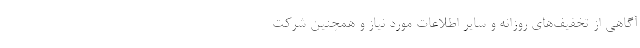
آگاهی از تخفیف‌های روزانه و سایر اطلاعات مورد نیاز و همچنین شرکت‌